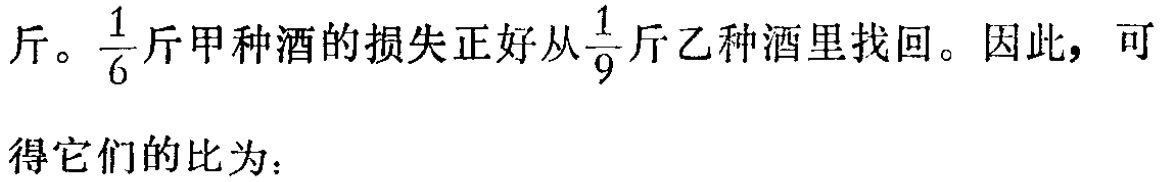
斤。$\frac{1}{6}$斤甲种酒的损失正好从$\frac{1}{9}$斤乙种酒里找回。因此，可得它们的比为：